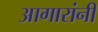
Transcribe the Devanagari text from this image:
आगारांनी